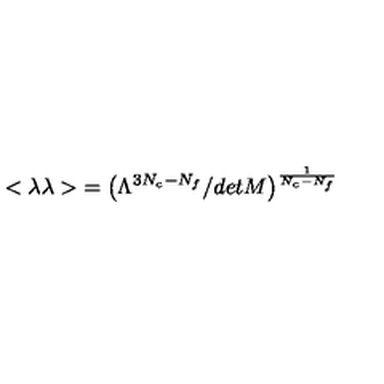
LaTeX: { < \lambda \lambda > } = \left( \Lambda ^ { 3 N _ { c } - N _ { f } } / d e t M \right) ^ { \frac { 1 } { N _ { c } - N _ { f } } }